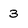
Character: 3